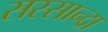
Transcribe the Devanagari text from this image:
सस्सान्द्रा